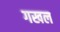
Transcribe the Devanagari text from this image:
गखल